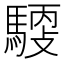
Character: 𩤳